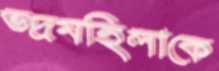
ভদ্রমহিলাকে